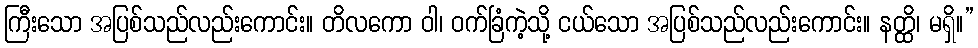
ကြီးသော အပြစ်သည်လည်းကောင်း။ တိလကော ဝါ၊ ဝက်ခြံကဲ့သို့ ငယ်သော အပြစ်သည်လည်းကောင်း။ နတ္ထိ၊ မရှိ။”